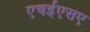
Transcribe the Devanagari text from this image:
एचईएसए